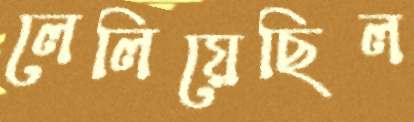
লেলিয়েছিল